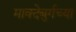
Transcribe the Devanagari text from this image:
माक्देबुर्गच्या